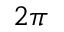
2 \pi